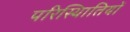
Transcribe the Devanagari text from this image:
परिस्थिातियों